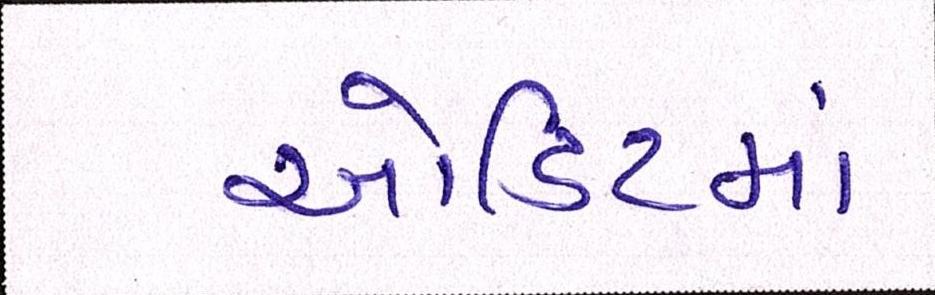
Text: ઓડિટમાં